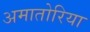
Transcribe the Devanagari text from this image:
अमातोरिया